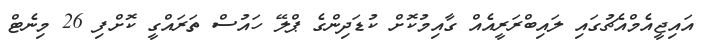
އައިޖީއެމްއެޗުގައި ލައިބްރަރީއެއް ގާއިމުކޮށް ކުޑަދިންގެ ޕްލޭ ހައުސް ތަރައްގީ ކޮށްފި 26 މިނެޓް